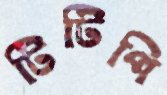
টিটিপি